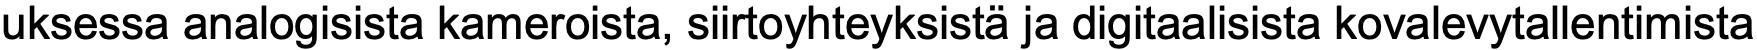
uksessa analogisista kameroista, siirtoyhteyksistä ja digitaalisista kovalevytallentimista